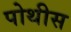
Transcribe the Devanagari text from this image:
पोथीस